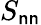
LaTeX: S_{\mathsf{n}\mathsf{n}}